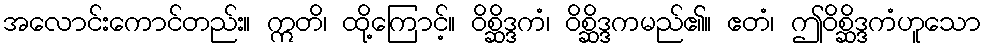
အလောင်းကောင်တည်း။ ဣတိ၊ ထို့ကြောင့်။ ဝိစ္ဆိဒ္ဒကံ၊ ဝိစ္ဆိဒ္ဒကမည်၏။ ဧတံ၊ ဤဝိစ္ဆိဒ္ဒကံဟူသော